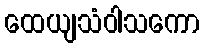
ထေယျသံဝါသကော